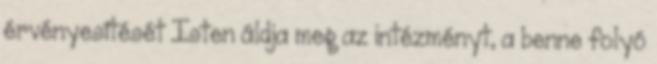
érvényesítését Isten áldja meg az intézményt, a benne folyó